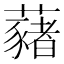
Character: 藸